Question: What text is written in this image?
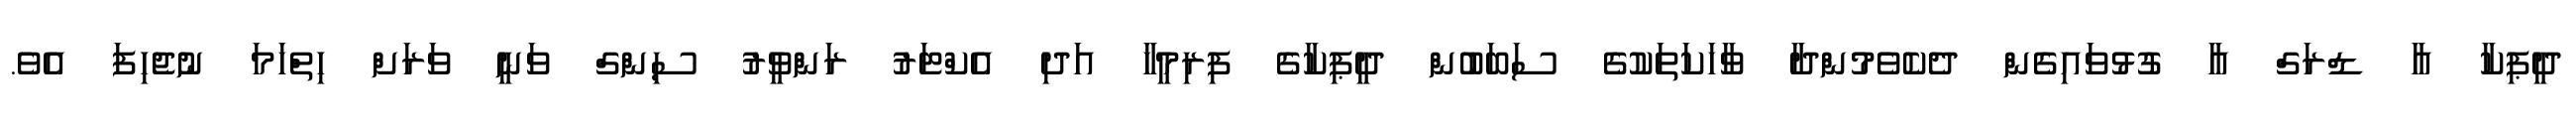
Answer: ދީޕިކާ އާ ޑްރަގް އާ ގުޅުވައިގެން ދެކެވެމުންދާ ވާހަކަތަކުގެ ސަބަބުން ދީޕިކާގެ ފިރިމީހާ އަދި އެކްޓަރު ރަންވީރު ސިންގް ވަނީ ވަރަށް ހިތްހަމަ ނުޖެހިފަ އެވެ.